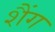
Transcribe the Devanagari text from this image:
शैंग